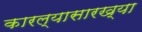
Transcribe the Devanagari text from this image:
कारल्यासारख्या